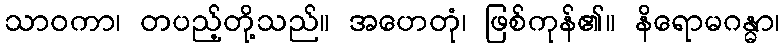
သာဝကာ၊ တပည့်တို့သည်။ အဟေတုံ၊ ဖြစ်ကုန်၏။ နိရောမဂန္ဓာ၊